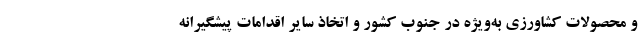
و محصولات کشاورزی به‌ویژه در جنوب کشور و اتخاذ سایر اقدامات پیشگیرانه